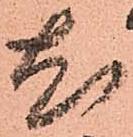
尤